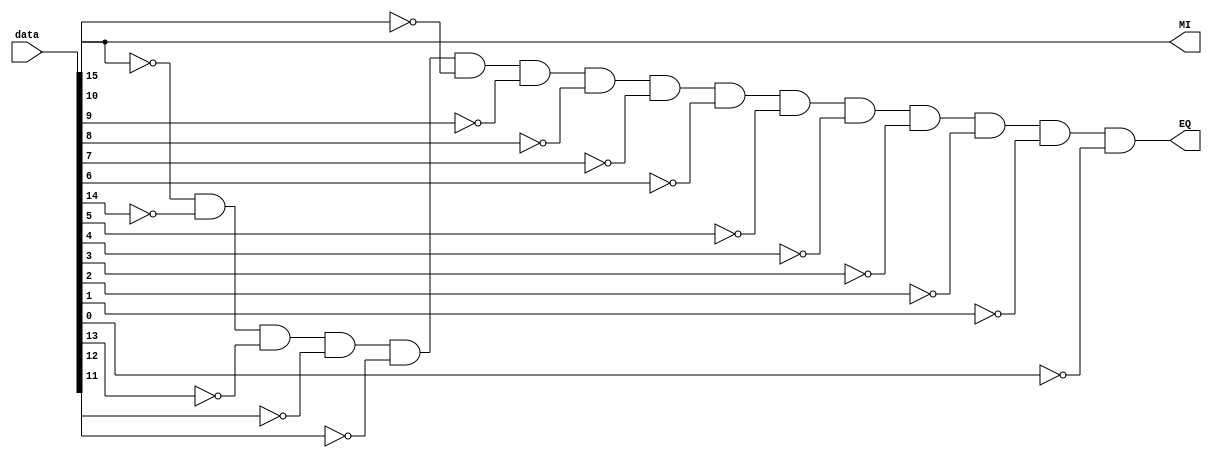
module EQ_MI(
    input [15:0] data,
    output MI,
    output EQ
);

assign EQ = ~data[15] & ~data[14] & ~data[13] & ~data[12] & ~data[11] & ~data[10] & ~data[9] & ~data[8] & ~data[7] & ~data[6] & ~data[5] & ~data[4] & ~data[3] & ~data[2] & ~data[1] & ~data[0];
assign MI = data[15];

endmodule